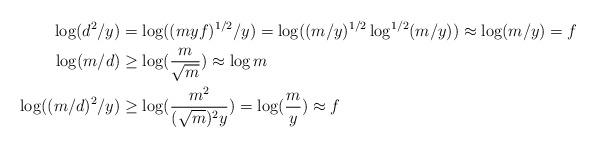
LaTeX: \begin{align*} \log(d^2/y) &= \log( (m y f)^{1/2} / y ) = \log( (m/y)^{1/2} \log^{1/2}(m/y) ) \approx \log(m/y) = f \\\log(m/d) &\geq \log(\frac{m}{\sqrt{m}}) \approx \log m \\\log((m/d)^2/y) & \geq \log( \frac{m^2}{(\sqrt{m})^2 y} ) = \log(\frac{m}{y}) \approx f\end{align*}